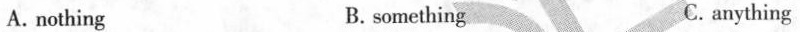
A.nothing B.something C. anything